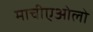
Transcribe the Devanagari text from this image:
माचीएओलो